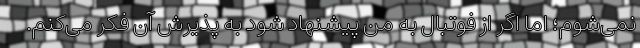
نمی‌شوم؛ اما اگر از فوتبال به من پیشنهاد شود به پذیرش آن فکر می‌کنم.